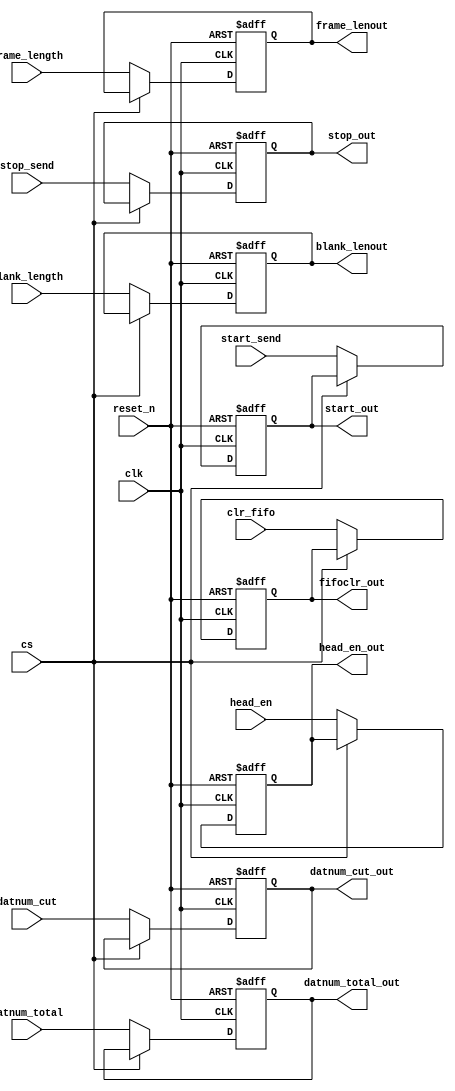
module ChannelControlReg(
						input clk,
						input reset_n,
						
						input cs,
						
						input [15 : 0] frame_length,
						input [15 : 0] blank_length,
						input start_send,
						input stop_send,
						input [31 : 0] datnum_total,
						input [31 : 0] datnum_cut,
						input clr_fifo,
						input head_en,
						
						
						output reg [15 : 0] frame_lenout,
						output reg [15 : 0] blank_lenout,
						output reg start_out,
						output reg stop_out,
						output reg [31 : 0] datnum_total_out,
						output reg [31 : 0] datnum_cut_out,
						output reg fifoclr_out,
						output reg head_en_out
						
						);
						
						
		always @ (posedge clk or negedge reset_n)
		begin
			if(!reset_n)
			begin
				frame_lenout <= 16'd0;
				blank_lenout <= 16'd0;			
				start_out <= 1'b0;
				stop_out <= 1'b0;
				
				datnum_total_out <= 32'd0;
				datnum_cut_out <= 32'd0;
				fifoclr_out <= 1'b0;
				head_en_out <= 1'b0;
			end 
			else if(!cs)
			begin
				frame_lenout <= frame_length;
				blank_lenout <= blank_length;			
				start_out <= start_send;
				stop_out <= stop_send;
				
				datnum_total_out <= datnum_total;
				datnum_cut_out <= datnum_cut;
				fifoclr_out <= clr_fifo;
				head_en_out <= head_en;
			end 
			else;
		end 
		
	endmodule